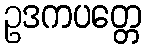
ဥဒကပတ္တေ